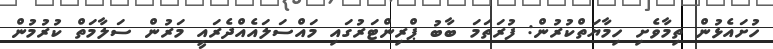
ހުށައެޅުން ތިމާވެށި ހިމާޔަތްކުރުން: ފުރަތަމަ ބާބު ޕްރިންޓަރުގައި މައްސަލައެއްދެރައީ މަރުން ސަލާމަތް ކުރުމުން